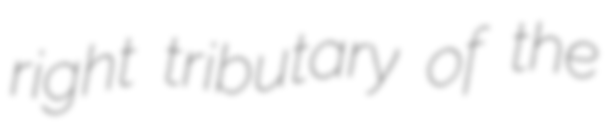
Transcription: right tributary of the